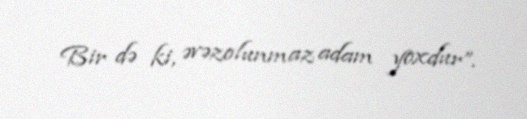
Bir də ki, əvəzolunmaz adam yoxdur”.